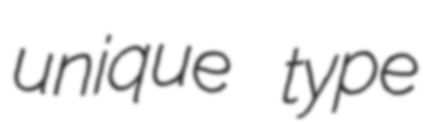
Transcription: unique type